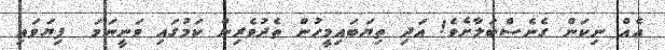
އެއް ނިކަން ގެނެސްބަލާށެވެ! އަދި ތިޔަބައިމީހުން ތެދުވެރިން ކަމުގައި ވަނީނަމަ  ފިޔަވައި